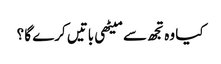
کیا وہ تجھ سے میٹھی باتیں کرے گا ؟